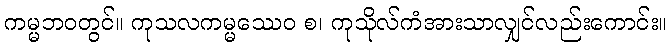
ကမ္မဘဝတွင်။ ကုသလကမ္မဿေဝ စ၊ ကုသိုလ်ကံအားသာလျှင်လည်းကောင်း။